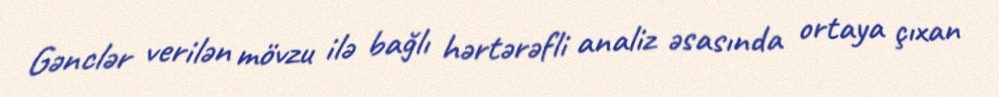
Gənclər verilən mövzu ilə bağlı hərtərəfli analiz əsasında ortaya çıxan